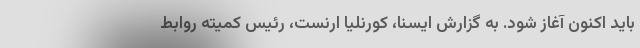
باید اکنون آغاز شود. به گزارش ایسنا، کورنلیا ارنست، رئیس کمیته روابط